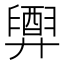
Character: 𢍲